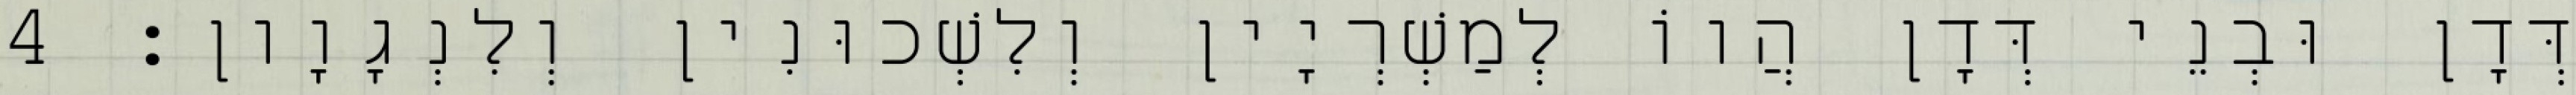
דְּדָן וּבְנֵי דְּדָן הֲווֹ לְמַשְׁרְיָין וְלִשְׁכוּנִין וְלִנְגָוָון׃ 4